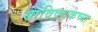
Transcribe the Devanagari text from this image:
याविषयकच्या